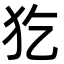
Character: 犵